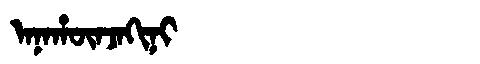
Manchu: ᠠᠨᠠᡥᡡᠨᠵᠠᡴᡳᠨᡳ
Romanization: ANAHŪNJAKINI